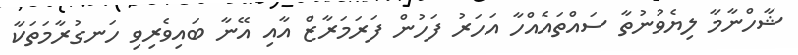
ޝާހްނާމާ ލިޔެވުނުތާ ސައްތައެއްހާ އަހަރު ފަހުން ފަރަމަރާޒް އާއި އޭނާ ބައިވެރިވި ހަނގުރާމަތަކާ